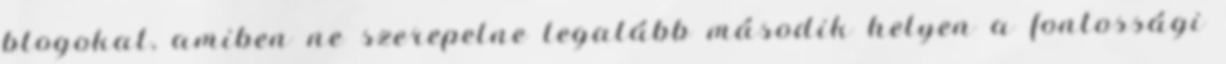
blogokat, amiben ne szerepelne legalább második helyen a fontossági